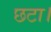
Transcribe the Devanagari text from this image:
छटा।